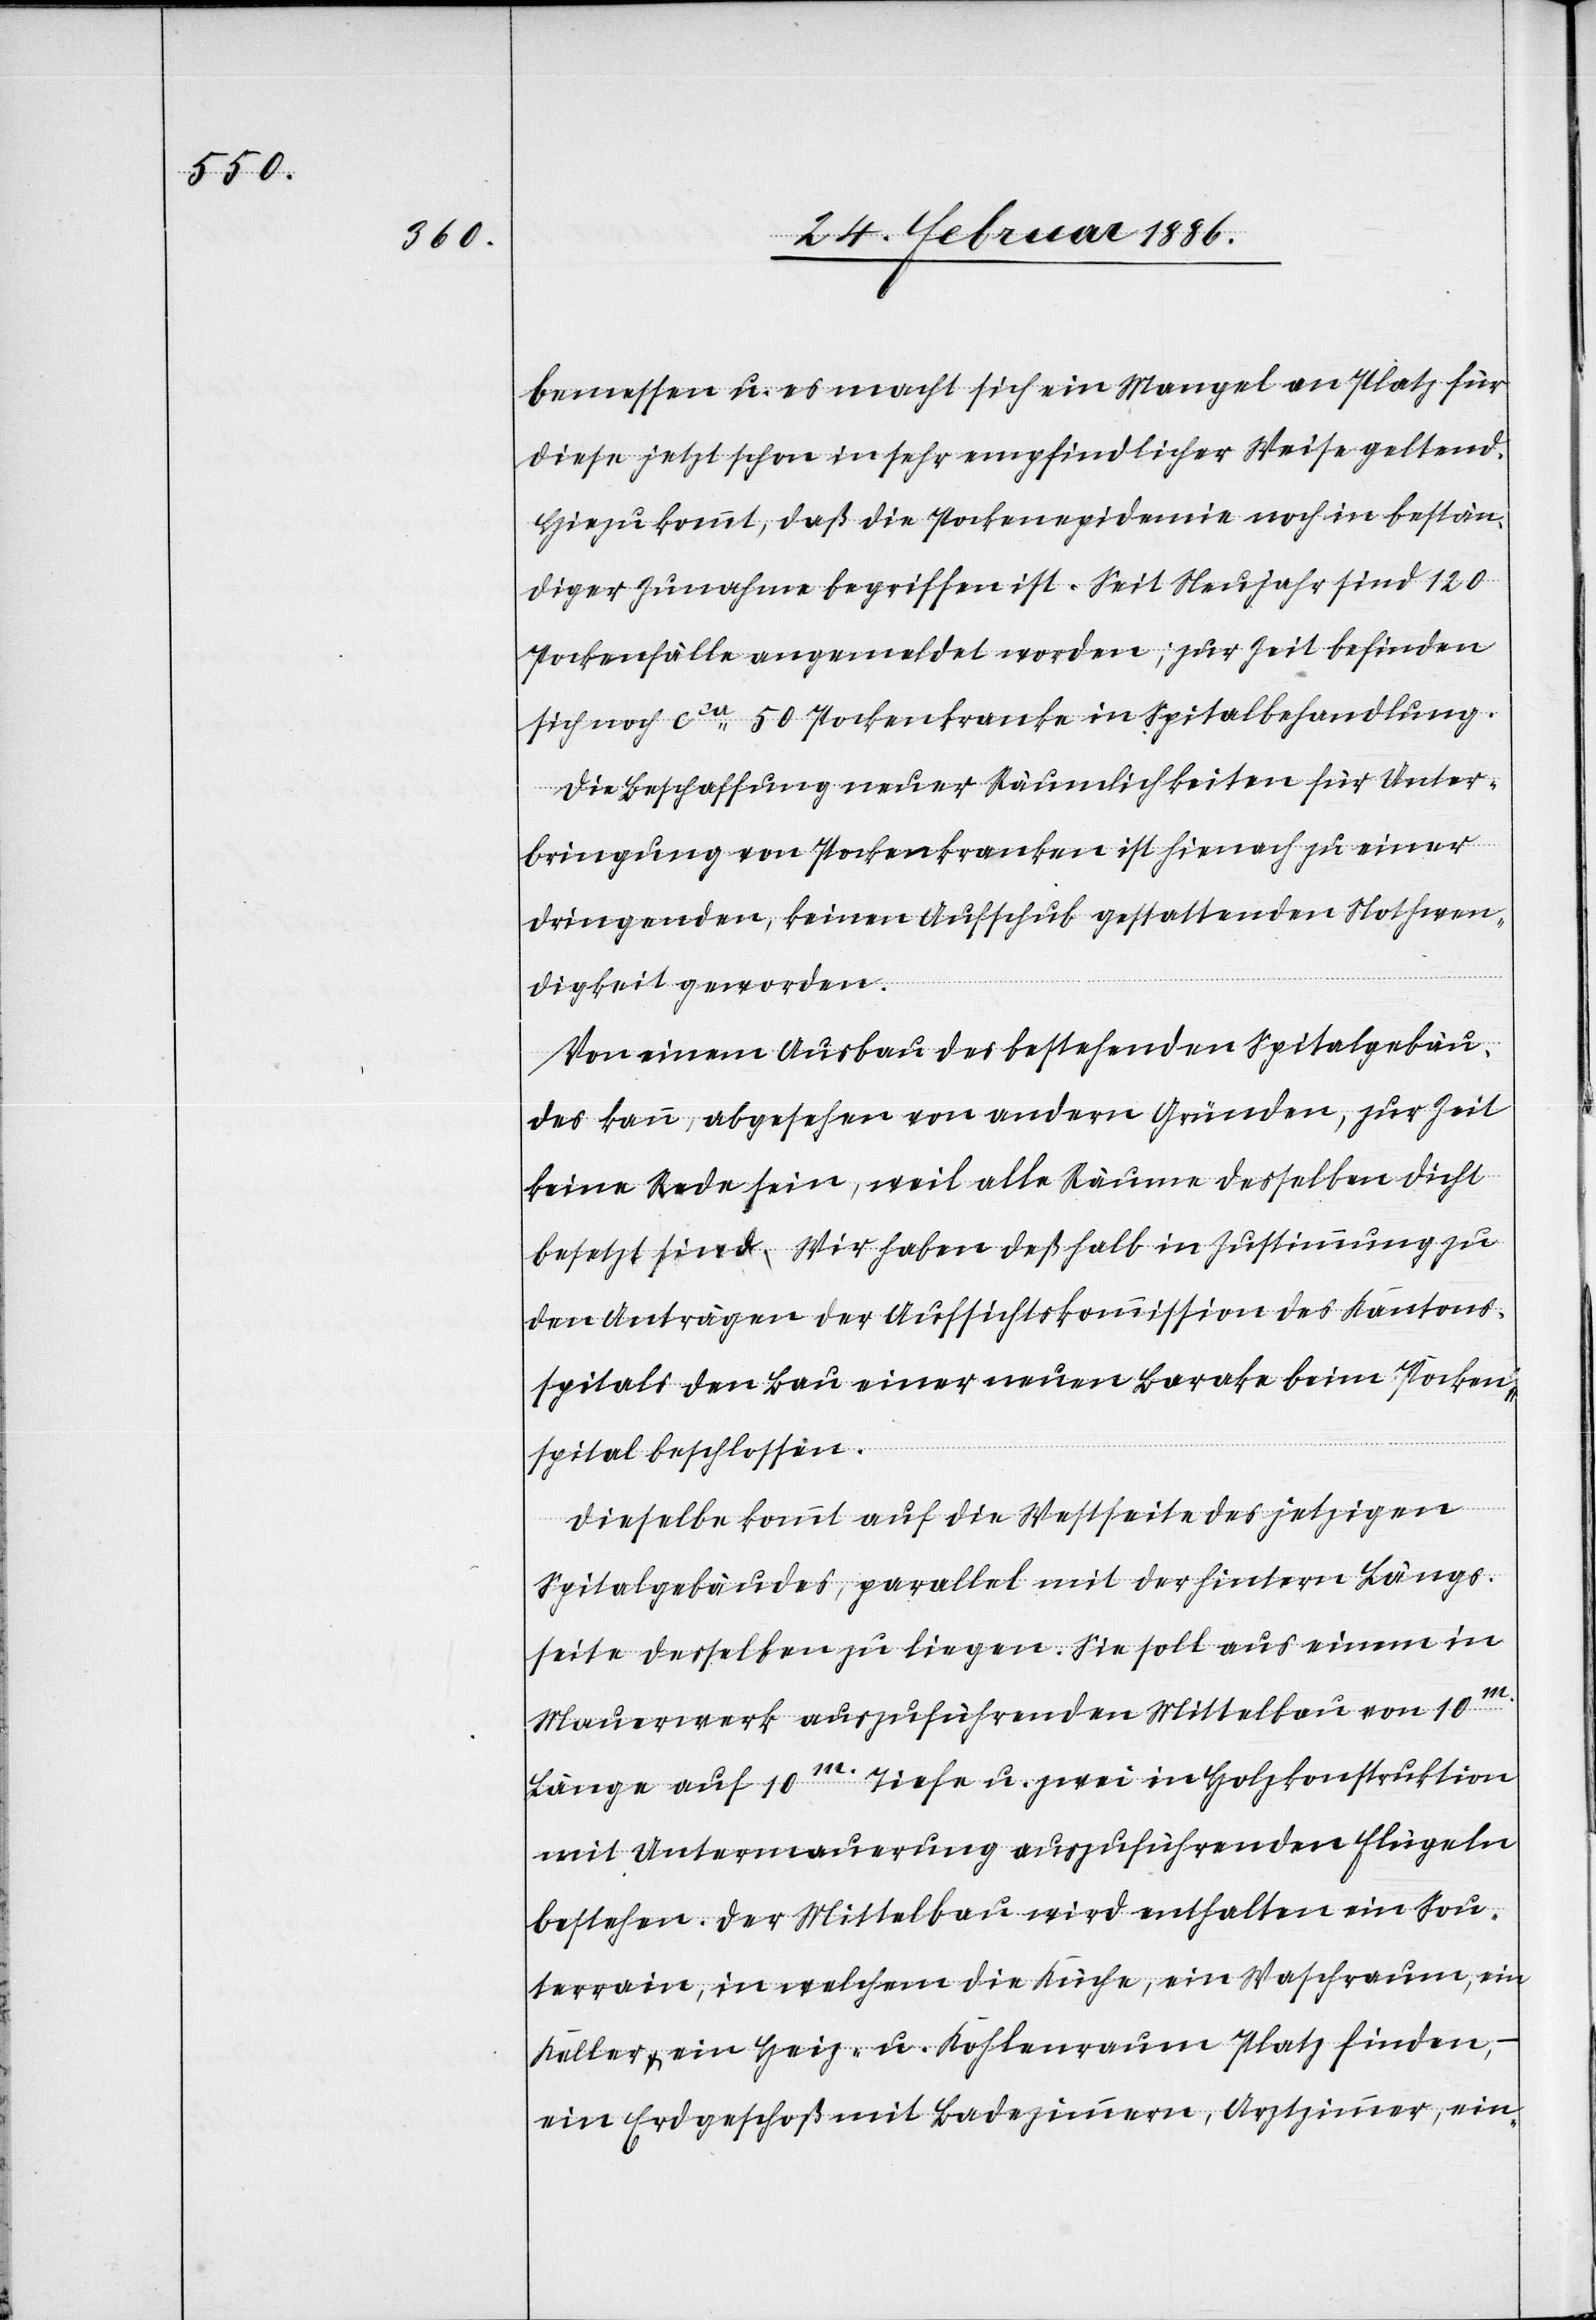
bemessen u. es macht sich ein Mangel an Platz für
diese jetzt schon in sehr empfindlicher Weise geltend.
Hiezu kommt, daß die Pockenepidemie noch in bestän¬
diger Zunahme begriffen ist. Seit Neujahr sind 120
Pockenfälle angemeldet worden; zur Zeit befinden
sich noch cca 50 Pockenkranke in Spitalbehandlung.
Die Beschaffung neuer Räumlichkeiten für Unter¬
bringung von Pockenkranken ist hienach zu einer
dringenden, keinen Aufschub gestattenden Nothwen¬
digkeit geworden.
Von einem Ausbau des bestehenden Spitalgebäu¬
des kann, abgesehen von andern Gründen, zur Zeit
keine Rede sein, weil alle Räume desselben dicht
besetzt sind. Wir haben deßhalb in Zustimmung zu
den Anträgen der Aufsichtskommission des Kantons¬
spitals den Bau einer neuen Barake beim Pocken¬
spital beschlossen.
Dieselbe kommt auf die Westseite des jetzigen
Spitalgebäudes, parallel mit der hintern Längs¬
seite desselben zu liegen. Sie soll aus einem in
Mauerwerk auszuführenden Mittelbau von 10m.
Länge auf 10m. Tiefe u. zwei in Holzkonstruktion
mit Untermauerung auszuführenden Flügels
bestehen. Der Mittelbau wird enthalten ein Sou¬
terrain, in welchem die Küche, ein Waschraum, ein
Keller & ein Heiz- u. Kohlenraum Platz finden,
ein Erdgeschoß mit Badezimmern, Arztzimmer, ein-